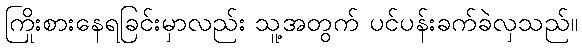
ကြိုးစားနေရခြင်းမှာလည်း သူ့အတွက် ပင်ပန်းခက်ခဲလှသည်။